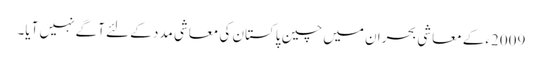
2009ءکے معاشی بحران میں چین پاکستان کی معاشی مدد کے لئے آگے نہیں آیا۔